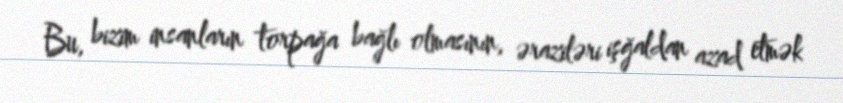
Bu, bizim insanların torpağa bağlı olmasının, əraziləri işğaldan azad etmək